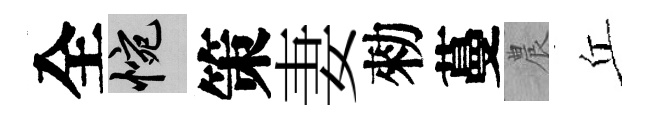
全惋策妻勑蔓農丘